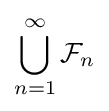
\bigcup _{n=1}^{\infty }{\mathcal {F}}_{n}